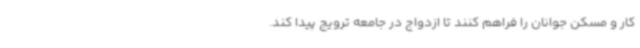
کار و مسکن جوانان را فراهم کنند تا ازدواج در جامعه ترویج پیدا کند.